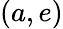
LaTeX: (a,e)